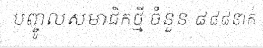
បញ្ចូលសមាជិកថ្មី ចំនួន ៨៨៨នាក់